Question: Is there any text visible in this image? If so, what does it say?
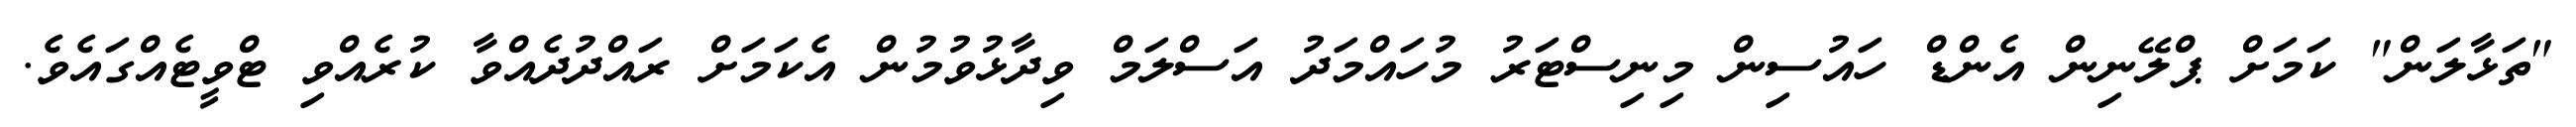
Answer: "ތަޅާލަން" ކަމަށް ޕްލޭނިން އެންޑް ހައުސިން މިނިސްޓަރު މުހައްމަދު އަސްލަމް ވިދާޅުވުމުން އެކަމަށް ރައްދުދެއްވާ ކުރެއްވި ޓްވީޓެއްގައެވެ.